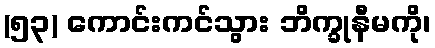
(၅၃) ကောင်းကင်သွား ဘိက္ခုနီမကို၊